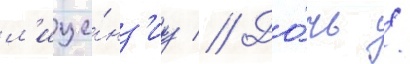
л'ице́нз'иу // До́чь /